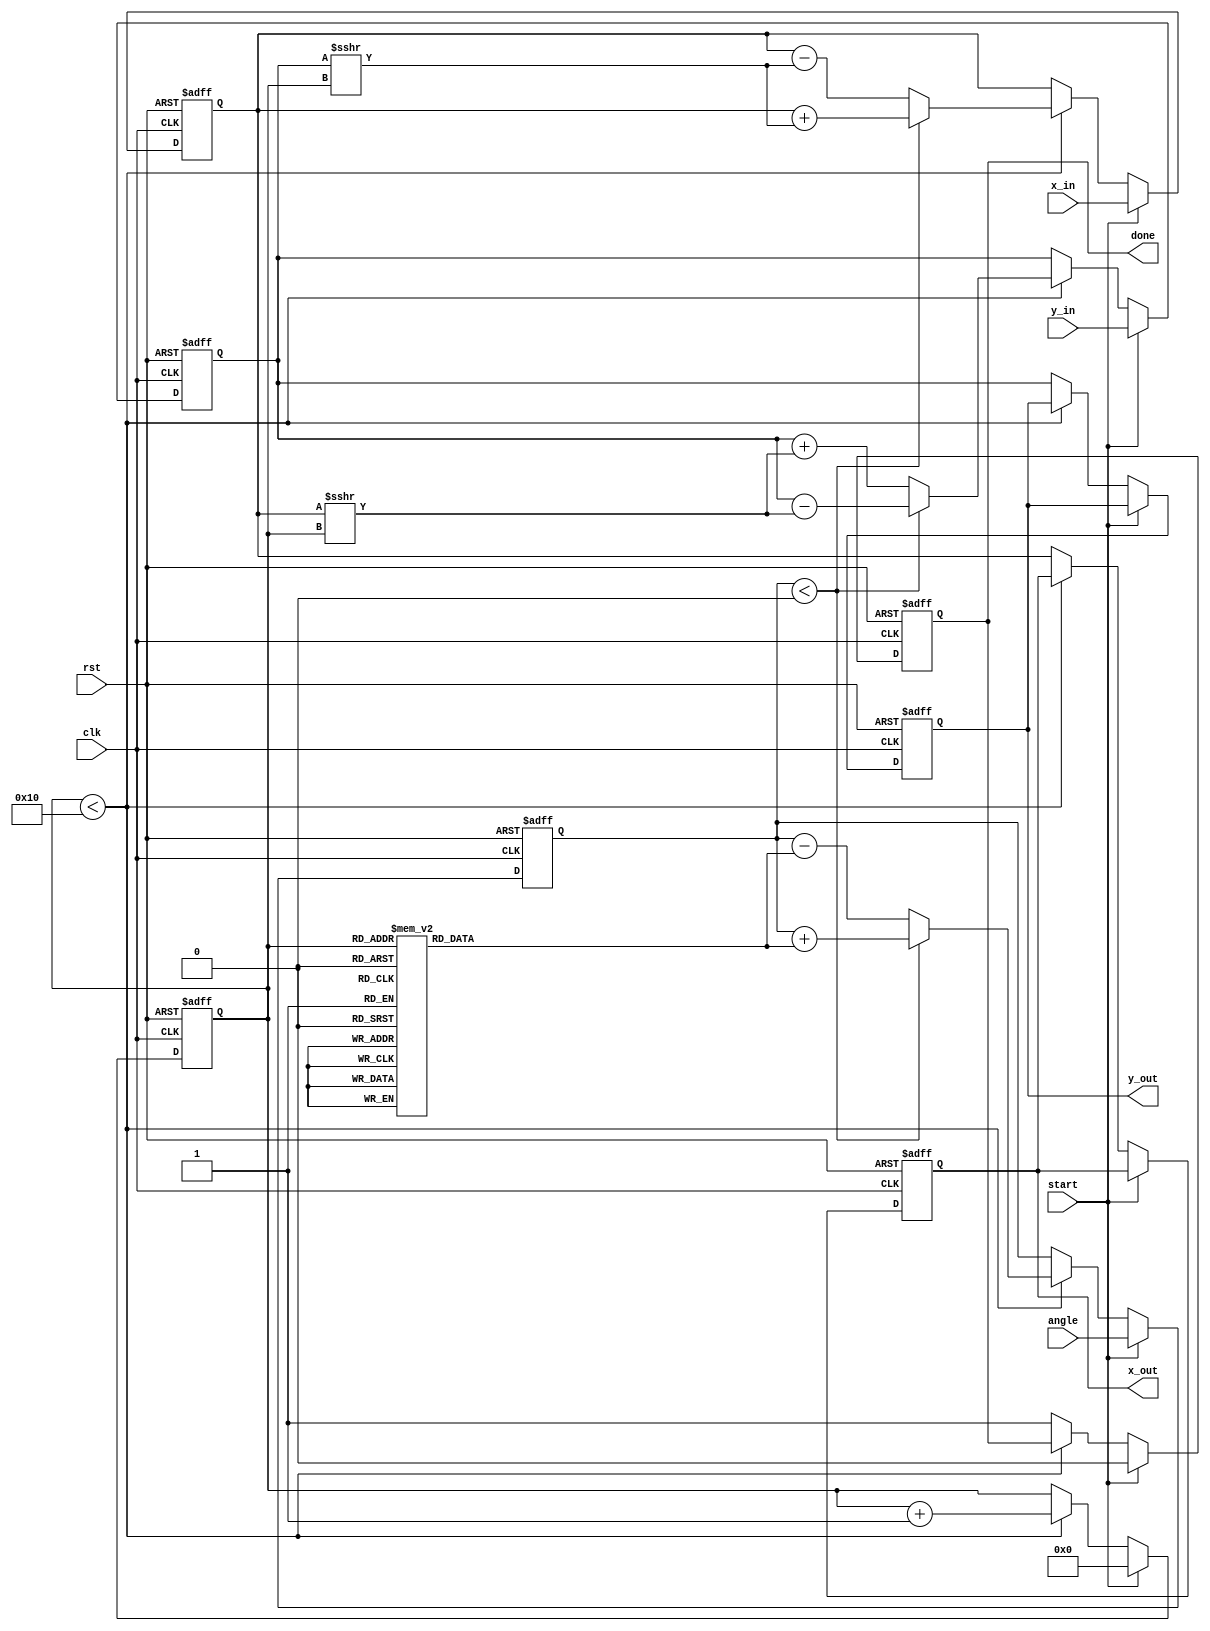
module cordic_fixed_point #(
    parameter N = 16,               // Number of iterations
    parameter WIDTH = 16,           // Width of fixed-point representation
    parameter LUT_WIDTH = 16        // Width of LUT for atan(2^-i)
)(
    input wire clk,
    input wire rst,
    input wire start,
    input wire signed [WIDTH-1:0] angle, // Input angle in fixed-point
    input wire signed [WIDTH-1:0] x_in,   // Input x vector
    input wire signed [WIDTH-1:0] y_in,   // Input y vector
    output reg signed [WIDTH-1:0] x_out,  // Output x vector
    output reg signed [WIDTH-1:0] y_out,  // Output y vector
    output reg done
);

    // CORDIC LUT for atan(2^-i) values
    reg signed [LUT_WIDTH-1:0] atan_lut [0:N-1];
    initial begin
        atan_lut[0] = 16'h2000; // atan(1) = pi/4 in fixed-point
        atan_lut[1] = 16'h1000; // atan(1/2)
        atan_lut[2] = 16'h0800; // atan(1/4)
        // Fill in the rest of the LUT values as needed
        // ...
        atan_lut[15] = 16'h0001; // atan(1/32768)
    end

    // State variables
    reg [3:0] iteration; // Iteration counter
    reg signed [WIDTH-1:0] x, y, z; // Internal x, y, z registers

    // Control logic
    always @(posedge clk or posedge rst) begin
        if (rst) begin
            x <= 0;
            y <= 0;
            z <= 0;
            iteration <= 0;
            done <= 0;
            x_out <= 0;
            y_out <= 0;
        end else if (start) begin
            // Initialize inputs
            x <= x_in;
            y <= y_in;
            z <= angle;
            iteration <= 0;
            done <= 0;
        end else if (iteration < N) begin
            // CORDIC iteration
            if (z < 0) begin
                // Rotate clockwise
                x <= x + (y >>> iteration);
                y <= y - (x >>> iteration);
                z <= z + atan_lut[iteration];
            end else begin
                // Rotate counter-clockwise
                x <= x - (y >>> iteration);
                y <= y + (x >>> iteration);
                z <= z - atan_lut[iteration];
            end
            iteration <= iteration + 1;
        end else begin
            // Output results
            x_out <= x;
            y_out <= y;
            done <= 1;
        end
    end

endmodule